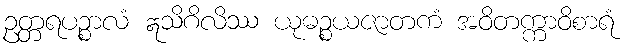
ဥတ္တရပဉ္စာလံ ဣသိဂိလိဿ ယုဓဉ္စယဇာတကံ အဝိတက္ကာဝိစာရံ